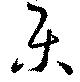
楽